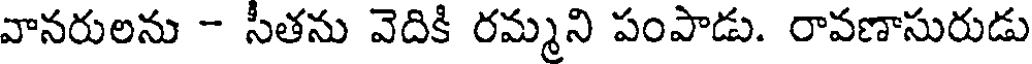
వానరులను - సీతను వెదికి రమ్మని పంపాడు. రావణాసురుడు